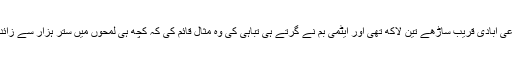
اُس وقت ہیروشیما کی مجموعی آبادی قریب ساڑھے تین لاکھ تھی اور ایٹمی بم نے گرتے ہی تباہی کی وہ مثال قائم کی کہ کچھ ہی لمحوں میں ستر ہزار سے زائد لوگوں کی زندگیاں نگل لیں۔